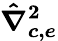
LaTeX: \boldsymbol{\hat{\nabla}_{c,e}^{2}}